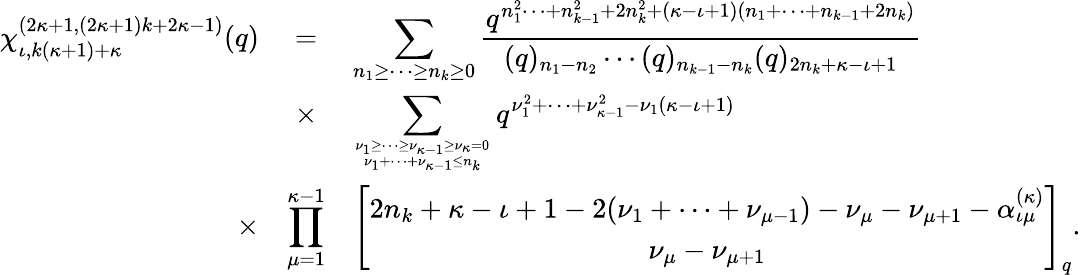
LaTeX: \begin{array}{rcl}{{\chi_{\iota,k(\kappa+1)+\kappa}^{(2\kappa+1,(2\kappa+1)k+2\kappa-1)}(q)}}&{{=}}&{{\displaystyle\sum_{n_{1}\geq\cdots\geq n_{k}\geq 0}\frac{q^{n_{1}^{2}\cdots+n_{k-1}^{2}+2n_{k}^{2}+(\kappa-\iota+1)(n_{1}+\cdots+n_{k-1}+2n_{k})}}{(q)_{n_{1}-n_{2}}\cdots(q)_{n_{k-1}-n_{k}}(q)_{2n_{k}+\kappa-\iota+1}}}}\\ {{}}&{{\times}}&{{\displaystyle\sum_{\nu_{1}\geq\cdots\geq\nu_{\kappa-1}\geq\nu_{\kappa}=0\atop\nu_{1}+\cdots+\nu_{\kappa-1}\leq n_{k}}q^{\nu_{1}^{2}+\cdots+\nu_{\kappa-1}^{2}-\nu_{1}(\kappa-\iota+1)}}}\\ {{\times}}&{{\displaystyle\prod_{\mu=1}^{\kappa-1}}}&{{\displaystyle\left[\begin{array}{c}{{2n_{k}+\kappa-\iota+1-2(\nu_{1}+\cdots+\nu_{\mu-1})-\nu_{\mu}-\nu_{\mu+1}-\alpha_{\iota\mu}^{(\kappa)}}}\\ {{\nu_{\mu}-\nu_{\mu+1}}}\end{array}\right]_{q}.}}\end{array}